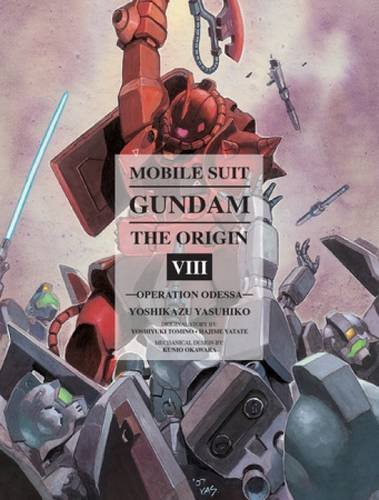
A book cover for Mobile Suit Gundam: THE ORIGIN, Volume 8: Operation Odessa; Science Fiction & Fantasy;